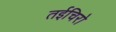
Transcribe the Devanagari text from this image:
तईचिरो